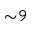
{ \sim } 9